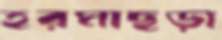
হরমাছড়া